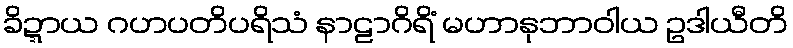
ခိဍ္ဍာယ ဂဟပတိပရိသံ နာဠာဂိရိံ မဟာနုဘာဝါယ ဥဒါယီတိ